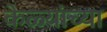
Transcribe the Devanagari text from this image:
केळ्यांच्या